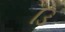
ડિ